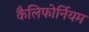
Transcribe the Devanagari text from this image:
कैलिफोर्नियम